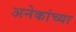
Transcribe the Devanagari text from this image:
अनेकांच्‍या